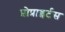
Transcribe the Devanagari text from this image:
प्रोप्राइर्टस